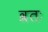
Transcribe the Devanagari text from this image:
व्रतः